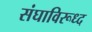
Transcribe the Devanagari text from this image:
संघाविरूध्द